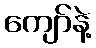
ကျော်နဲ့